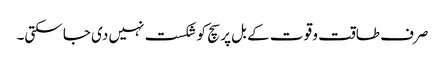
صرف طاقت و قو ت کے بل پر سچ کو شکست نہیں دی جا سکتی۔